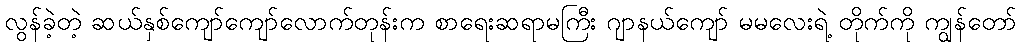
လွန်ခဲ့တဲ့ ဆယ်နှစ်ကျော်ကျော်လောက်တုန်းက စာရေးဆရာမကြီး ဂျာနယ်ကျော် မမလေးရဲ့ တိုက်ကို ကျွန်တော်